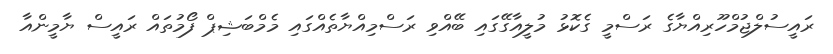
ރައީސުލްޖުމްހޫރިއްޔާގެ ރަސްމީ ގެކޮޅު މުލީއާގޭގައި ބޭއްވި ރަސްމިއްޔާތެއްގައި މެމްބަޝިޕް ފޯމުތައް ރައީސް ޔާމީންއާ